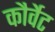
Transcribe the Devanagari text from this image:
कौर्वेट